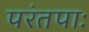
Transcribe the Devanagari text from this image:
परंतपाः